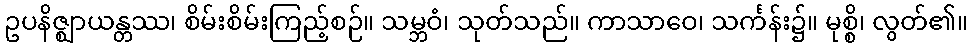
ဥပနိဇ္ဈာယန္တဿ၊ စိမ်းစိမ်းကြည့်စဉ်။ သမ္ဘဝံ၊ သုတ်သည်။ ကာသာဝေ၊ သင်္ကန်း၌။ မုစ္စိ၊ လွတ်၏။